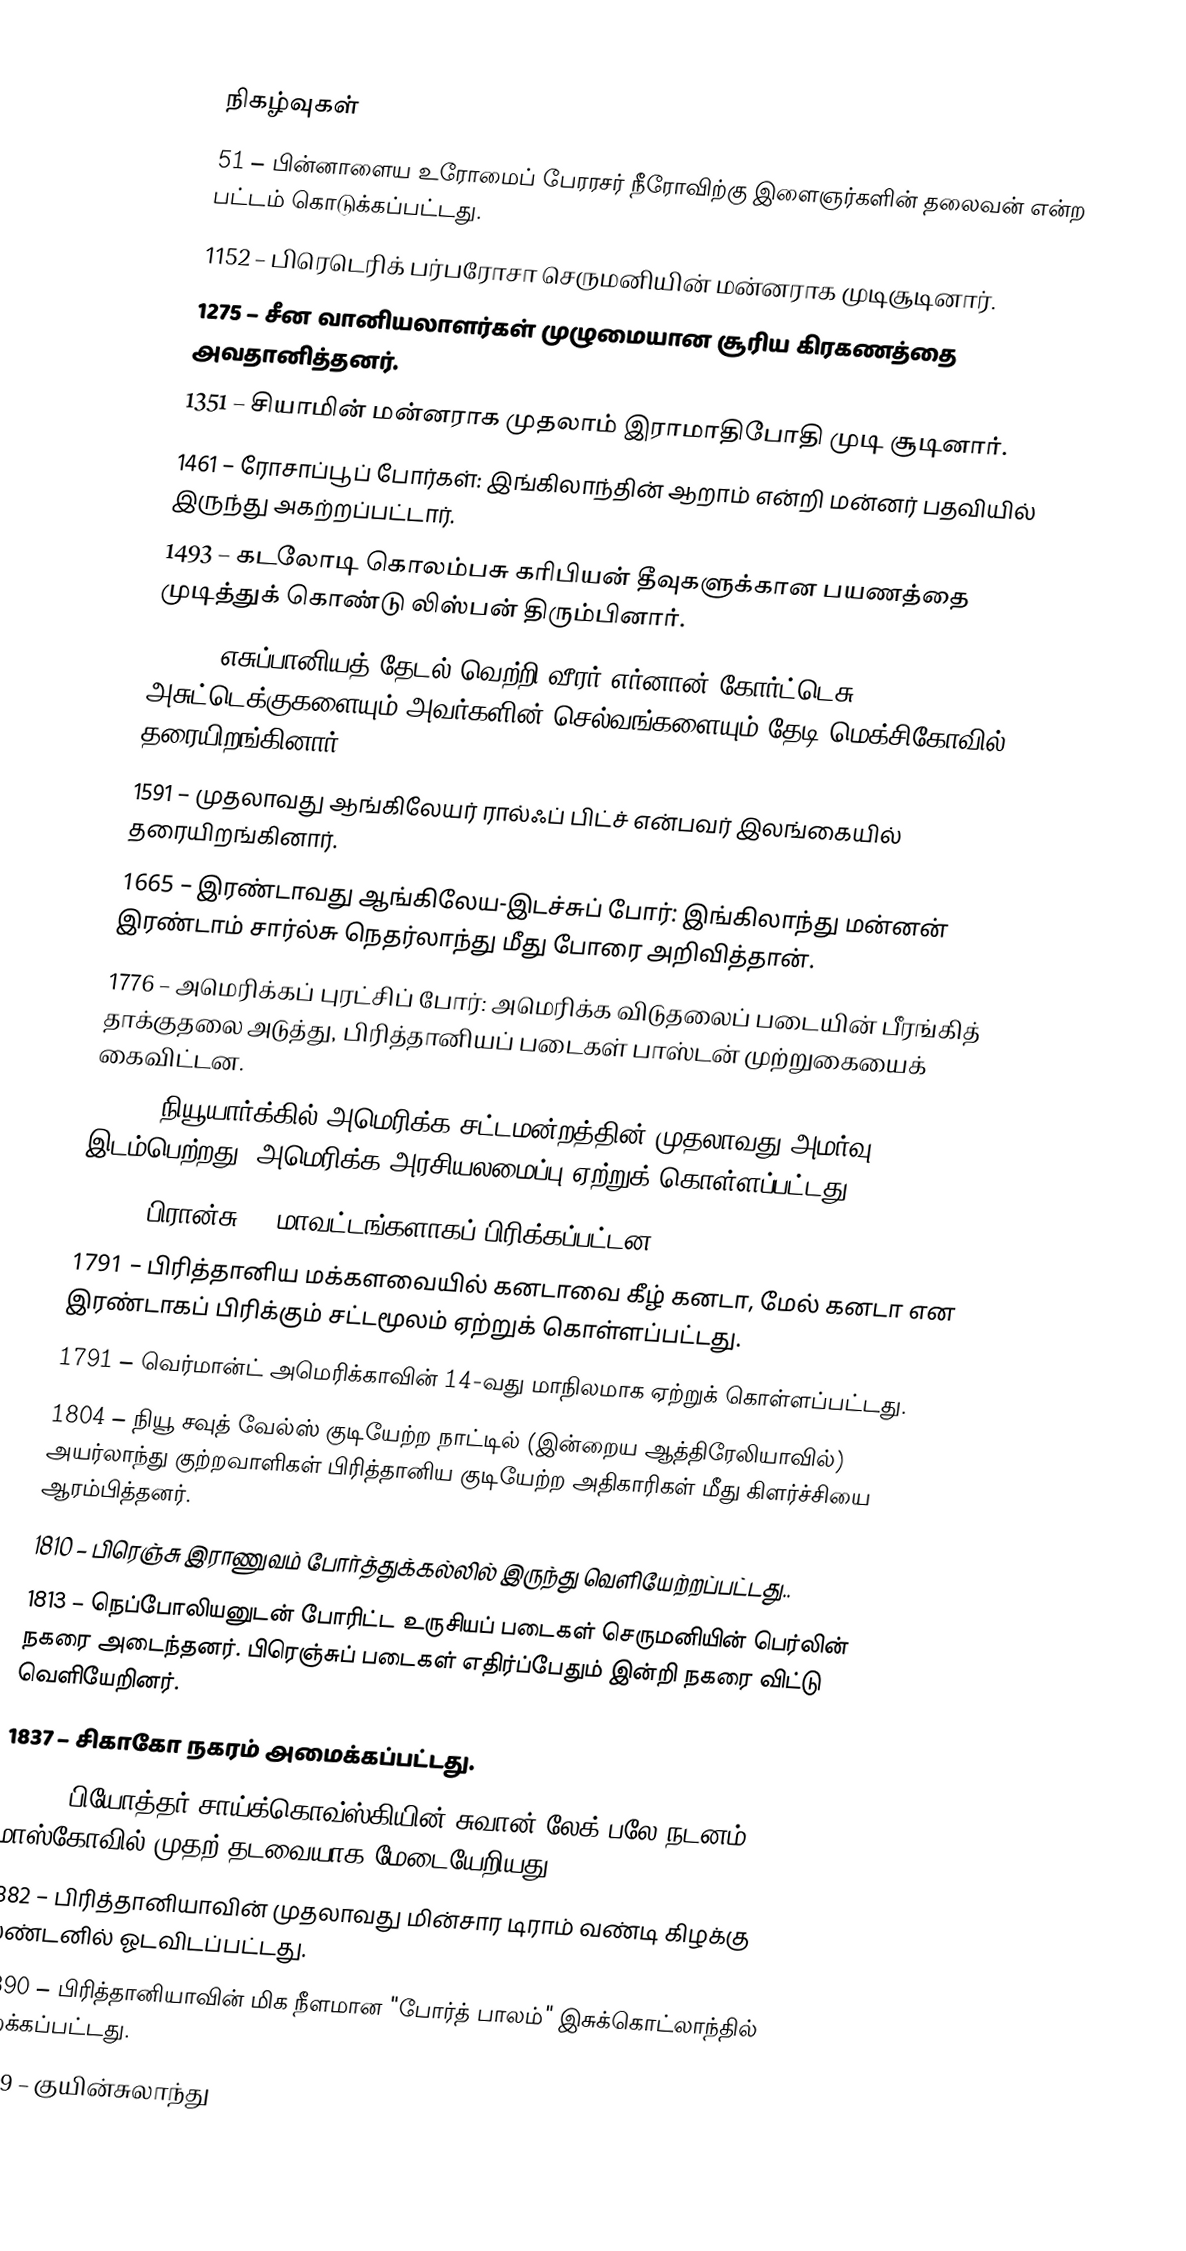

நிகழ்வுகள்
 51 – பின்னாளைய உரோமைப் பேரரசர் நீரோவிற்கு இளைஞர்களின் தலைவன் என்ற பட்டம் கொடுக்கப்பட்டது.
1152 – பிரெடெரிக் பர்பரோசா செருமனியின் மன்னராக முடிசூடினார்.
1275 – சீன வானியலாளர்கள் முழுமையான சூரிய கிரகணத்தை அவதானித்தனர்.
1351 – சியாமின் மன்னராக முதலாம் இராமாதிபோதி முடி சூடினார்.
1461 – ரோசாப்பூப் போர்கள்: இங்கிலாந்தின் ஆறாம் என்றி மன்னர் பதவியில் இருந்து அகற்றப்பட்டார்.
1493 – கடலோடி கொலம்பசு கரிபியன் தீவுகளுக்கான பயணத்தை முடித்துக் கொண்டு லிஸ்பன் திரும்பினார்.
1519 – எசுப்பானியத் தேடல் வெற்றி வீரர் எர்னான் கோர்ட்டெசு அசுட்டெக்குகளையும் அவர்களின் செல்வங்களையும் தேடி மெக்சிகோவில் தரையிறங்கினார்.
1591 – முதலாவது ஆங்கிலேயர் ரால்ஃப் பிட்ச் என்பவர் இலங்கையில் தரையிறங்கினார்.
1665 – இரண்டாவது ஆங்கிலேய-இடச்சுப் போர்: இங்கிலாந்து மன்னன் இரண்டாம் சார்ல்சு நெதர்லாந்து மீது போரை அறிவித்தான்.
1776 – அமெரிக்கப் புரட்சிப் போர்: அமெரிக்க விடுதலைப் படையின் பீரங்கித் தாக்குதலை அடுத்து, பிரித்தானியப் படைகள் பாஸ்டன் முற்றுகையைக் கைவிட்டன.
1789 – நியூயார்க்கில் அமெரிக்க சட்டமன்றத்தின் முதலாவது அமர்வு இடம்பெற்றது. அமெரிக்க அரசியலமைப்பு ஏற்றுக் கொள்ளப்பட்டது.
1790 – பிரான்சு 83 மாவட்டங்களாகப் பிரிக்கப்பட்டன.
1791 – பிரித்தானிய மக்களவையில் கனடாவை கீழ் கனடா, மேல் கனடா என இரண்டாகப் பிரிக்கும் சட்டமூலம் ஏற்றுக் கொள்ளப்பட்டது.
1791 – வெர்மான்ட் அமெரிக்காவின் 14-வது மாநிலமாக ஏற்றுக் கொள்ளப்பட்டது.
1804 – நியூ சவுத் வேல்ஸ் குடியேற்ற நாட்டில் (இன்றைய ஆத்திரேலியாவில்) அயர்லாந்து குற்றவாளிகள் பிரித்தானிய குடியேற்ற அதிகாரிகள் மீது கிளர்ச்சியை ஆரம்பித்தனர்.
1810 – பிரெஞ்சு இராணுவம் போர்த்துக்கல்லில் இருந்து வெளியேற்றப்பட்டது..
1813 – நெப்போலியனுடன் போரிட்ட உருசியப் படைகள் செருமனியின் பெர்லின் நகரை அடைந்தனர். பிரெஞ்சுப் படைகள் எதிர்ப்பேதும் இன்றி நகரை விட்டு வெளியேறினர்.
1837 – சிகாகோ நகரம் அமைக்கப்பட்டது.
1877 – பியோத்தர் சாய்க்கொவ்ஸ்கியின் சுவான் லேக் பலே நடனம் மாஸ்கோவில் முதற் தடவையாக மேடையேறியது.
1882 – பிரித்தானியாவின் முதலாவது மின்சார டிராம் வண்டி கிழக்கு லண்டனில் ஓடவிடப்பட்டது.
1890 – பிரித்தானியாவின் மிக நீளமான "போர்த் பாலம்" இசுக்கொட்லாந்தில் திறக்கப்பட்டது.
1899 – குயின்சுலாந்து